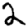
Digit: 2